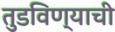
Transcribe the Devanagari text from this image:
तुडविण्याची